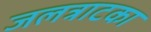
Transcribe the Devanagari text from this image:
जलत्राटका